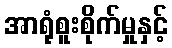
အာရုံစူးစိုက်မှုနှင့်